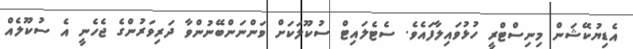
އެޑިޔުކޭޝަން މިނިސްޓްރީ ހުޅުވައިލާފައެވެ. ސެޓެލައިޓް ސުކޫލަކަށް ވަންނަންބޭނުންވާ ދަރިވަރުންގެ ޖެހެނީ އެ ސުކޫލެއް